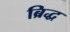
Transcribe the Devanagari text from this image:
ब्रिद्ध